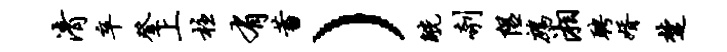
清卒登上柱有蓄）觥剞隰鹧湘聘婿楚